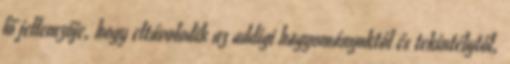
fő jellemzője, hogy eltávolodik az addigi hagyományoktól és tekintélytől,